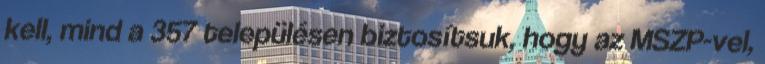
kell, mind a 357 településen biztosítsuk, hogy az MSZP-vel,